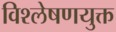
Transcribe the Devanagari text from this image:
विश्लेषणयुक्त